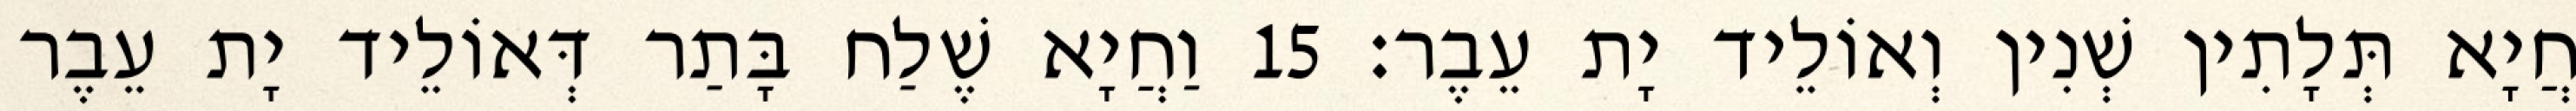
חֲיָא תְּלָתִין שְׁנִין וְאוֹלֵיד יָת עֵבֶר׃ 15 וַחֲיָא שֶׁלַח בָּתַר דְּאוֹלֵיד יָת עֵבֶר